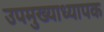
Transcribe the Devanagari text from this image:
उपमुख्याध्यापक